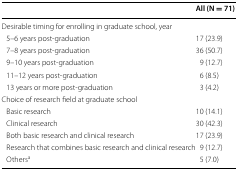
<table><thead><tr><td></td><td><b>All (N = 71)</b></td></tr></thead><tbody><tr><td colspan="2">Desirable timing for enrolling in graduate school, year</td></tr><tr><td> 5–6 years post-graduation</td><td>17 (23.9)</td></tr><tr><td> 7–8 years post-graduation</td><td>36 (50.7)</td></tr><tr><td> 9–10 years post-graduation</td><td>9 (12.7)</td></tr><tr><td> 11–12 years post-graduation</td><td>6 (8.5)</td></tr><tr><td> 13 years or more post-graduation</td><td>3 (4.2)</td></tr><tr><td colspan="2">Choice of research field at graduate school</td></tr><tr><td> Basic research</td><td>10 (14.1)</td></tr><tr><td> Clinical research</td><td>30 (42.3)</td></tr><tr><td> Both basic research and clinical research</td><td>17 (23.9)</td></tr><tr><td> Research that combines basic research and clinical research</td><td>9 (12.7)</td></tr><tr><td> Others<sup>a</sup></td><td>5 (7.0)</td></tr></tbody></table>